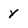
Character: y